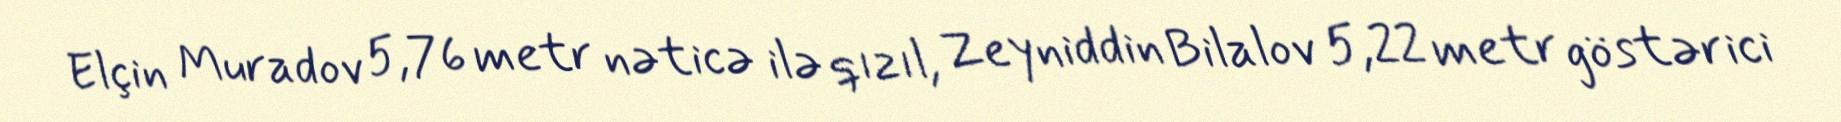
Elçin Muradov 5,76 metr nəticə ilə qızıl, Zeyniddin Bilalov 5,22 metr göstərici